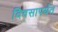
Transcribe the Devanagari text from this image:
दिवसापर्यत